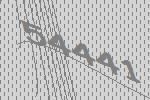
54441